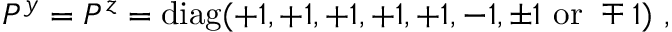
P ^ { y } = P ^ { z } = \mathrm { d i a g } ( + 1 , + 1 , + 1 , + 1 , + 1 , - 1 , \pm 1 ~ \mathrm { o r } ~ \mp 1 ) ~ , ~ \,